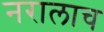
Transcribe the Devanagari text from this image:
नरालाच